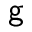
\mathsf { g }